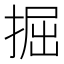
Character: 掘